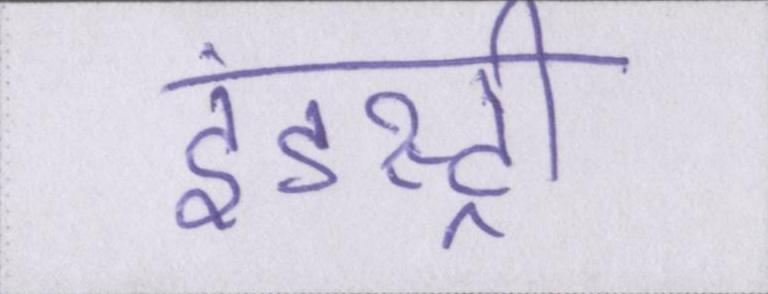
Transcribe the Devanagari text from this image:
इंडस्ट्री